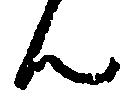
ん